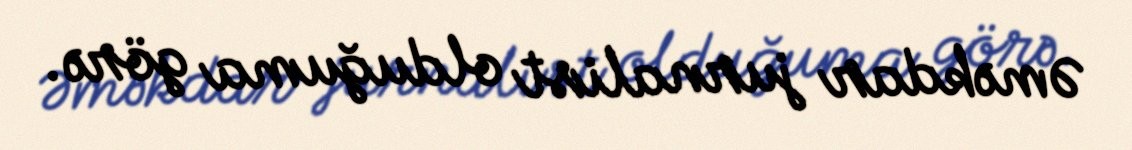
Əməkdar jurnalist olduğuma görə.